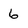
Character: 6